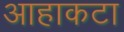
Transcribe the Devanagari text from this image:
आहाकटा